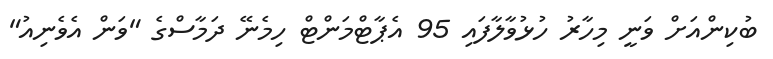
ބުކިންއަށް ވަނީ މިހާރު ހުޅުވާލާފައި 95 އެޕާޓްމަންޓް ހިމެނޭ ދަމާސްގެ "ވަން އެވެނިއު"